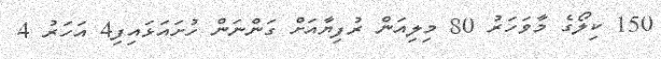
150 ކިލޯގެ މާވަހަރު 80 މިލިއަން ރުފިޔާއަށް ގަންނަން ހުށައަޅައިފި4 އަހަރު 4